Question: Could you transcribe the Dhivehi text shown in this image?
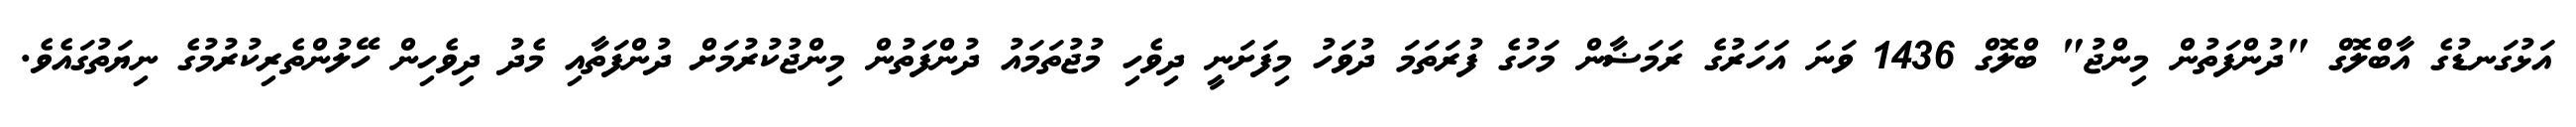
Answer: އަޅުގަނޑުގެ އާބްލޮގް "ދުންފަތުން މިންޖު" ބްލޮގް 1436 ވަނަ އަހަރުގެ ރަމަޟާން މަހުގެ ފުރަތަމަ ދުވަހު މިފަށަނީ ދިވެހި މުޖުތަމައު ދުންފަތުން މިންޖުކުރުމަށް ދުންފަތާއި މެދު ދިވެހިން ހޭލުންތެރިކުރުމުގެ ނިޔަތުގައެވެ.